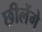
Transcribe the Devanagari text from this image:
छीलेंगे